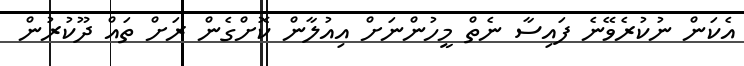
އެކަން ނުކުރެވޭނެ ފައިސާ ނެތް މީހުންނަށް އިއުލާން ކޮށްގެން ރަށް ތައް ދޫކުރުން